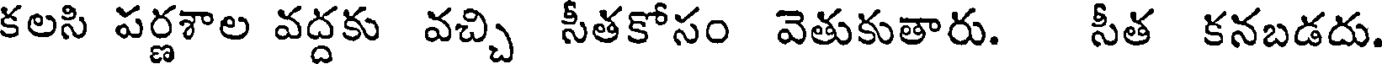
కలసి పర్ణశాల వద్దకు వచ్చి సీతకోసం వెతుకుతారు. సీత కనబడదు.